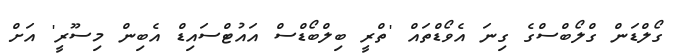
ގޯލްޑަން ގްލޯބްސްގެ ގިނަ އެވޯޑްތައް 'ތްރީ ބިލްބޯޑްސް އައުޓްސައިޑް އެބިން މިސޫރީ' އަށް